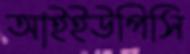
আইইউপিসি